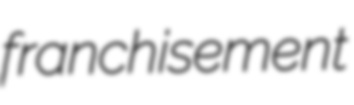
franchisement